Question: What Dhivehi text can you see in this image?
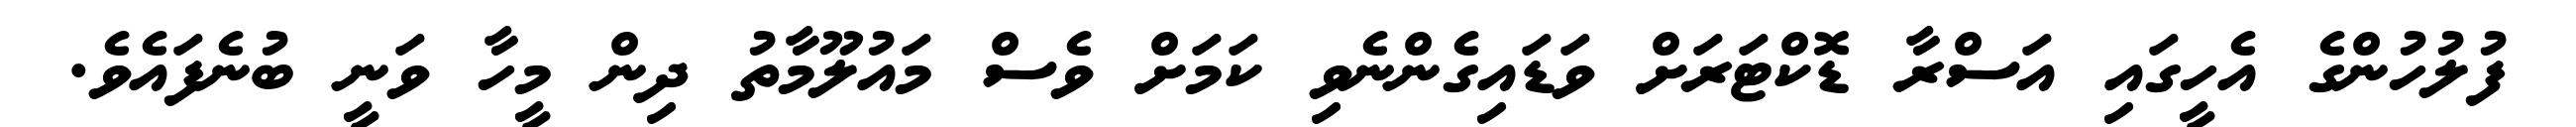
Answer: ފުލުހުންގެ އެހީގައި އަސްރާ ޑޮކްޓަރަށް ވަޑައިގެންނެވި ކަމަށް ވެސް މައުލޫމާތު ދިން މީހާ ވަނީ ބުނެފައެވެ.